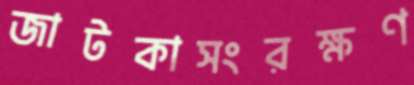
জাটকাসংরক্ষণ